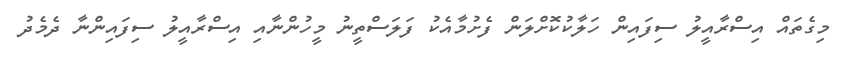
މިގެތައް އިސްރާއީލު ސިފައިން ހަލާކުކޮށްލަން ފެށުމާއެކު ފަލަސްތީނު މީހުންނާއި އިސްރާއީލު ސިފައިންނާ ދެމެދު